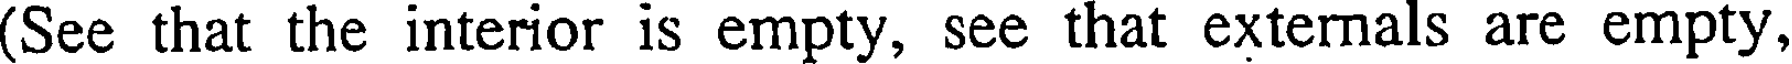
(See that the interior is empty, see that externals are empty,